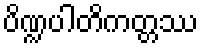
ပိဏ္ဍပါတိကတ္တဿ